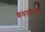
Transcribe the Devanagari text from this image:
कथनमीमांसा